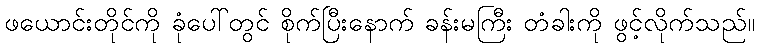
ဖယောင်းတိုင်ကို ခုံပေါ်တွင် စိုက်ပြီးနောက် ခန်းမကြီး တံခါးကို ဖွင့်လိုက်သည်။